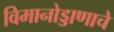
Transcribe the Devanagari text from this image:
विमानोड्डाणाचे